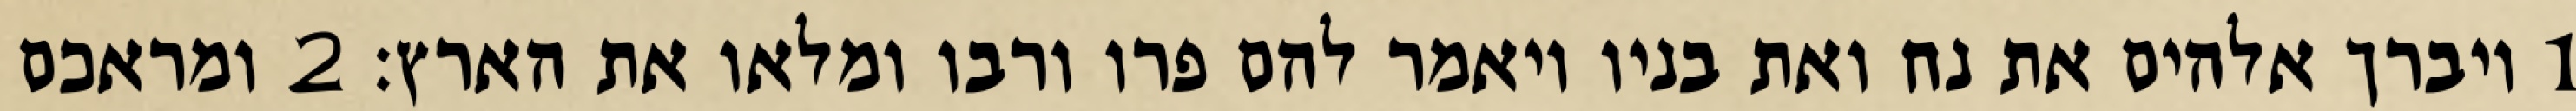
1 ויברך אלהים את נח ואת בניו ויאמר להם פרו ורבו ומלאו את הארץ׃ ‎2‏ ומראכם